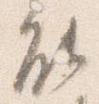
能